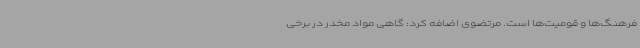
فرهنگ‌ها و قومیت‌ها است. مرتضوی اضافه کرد: گاهی مواد مخدر در برخی